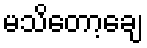
မသိတော့ချေ